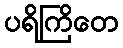
ပရိကြိတေ